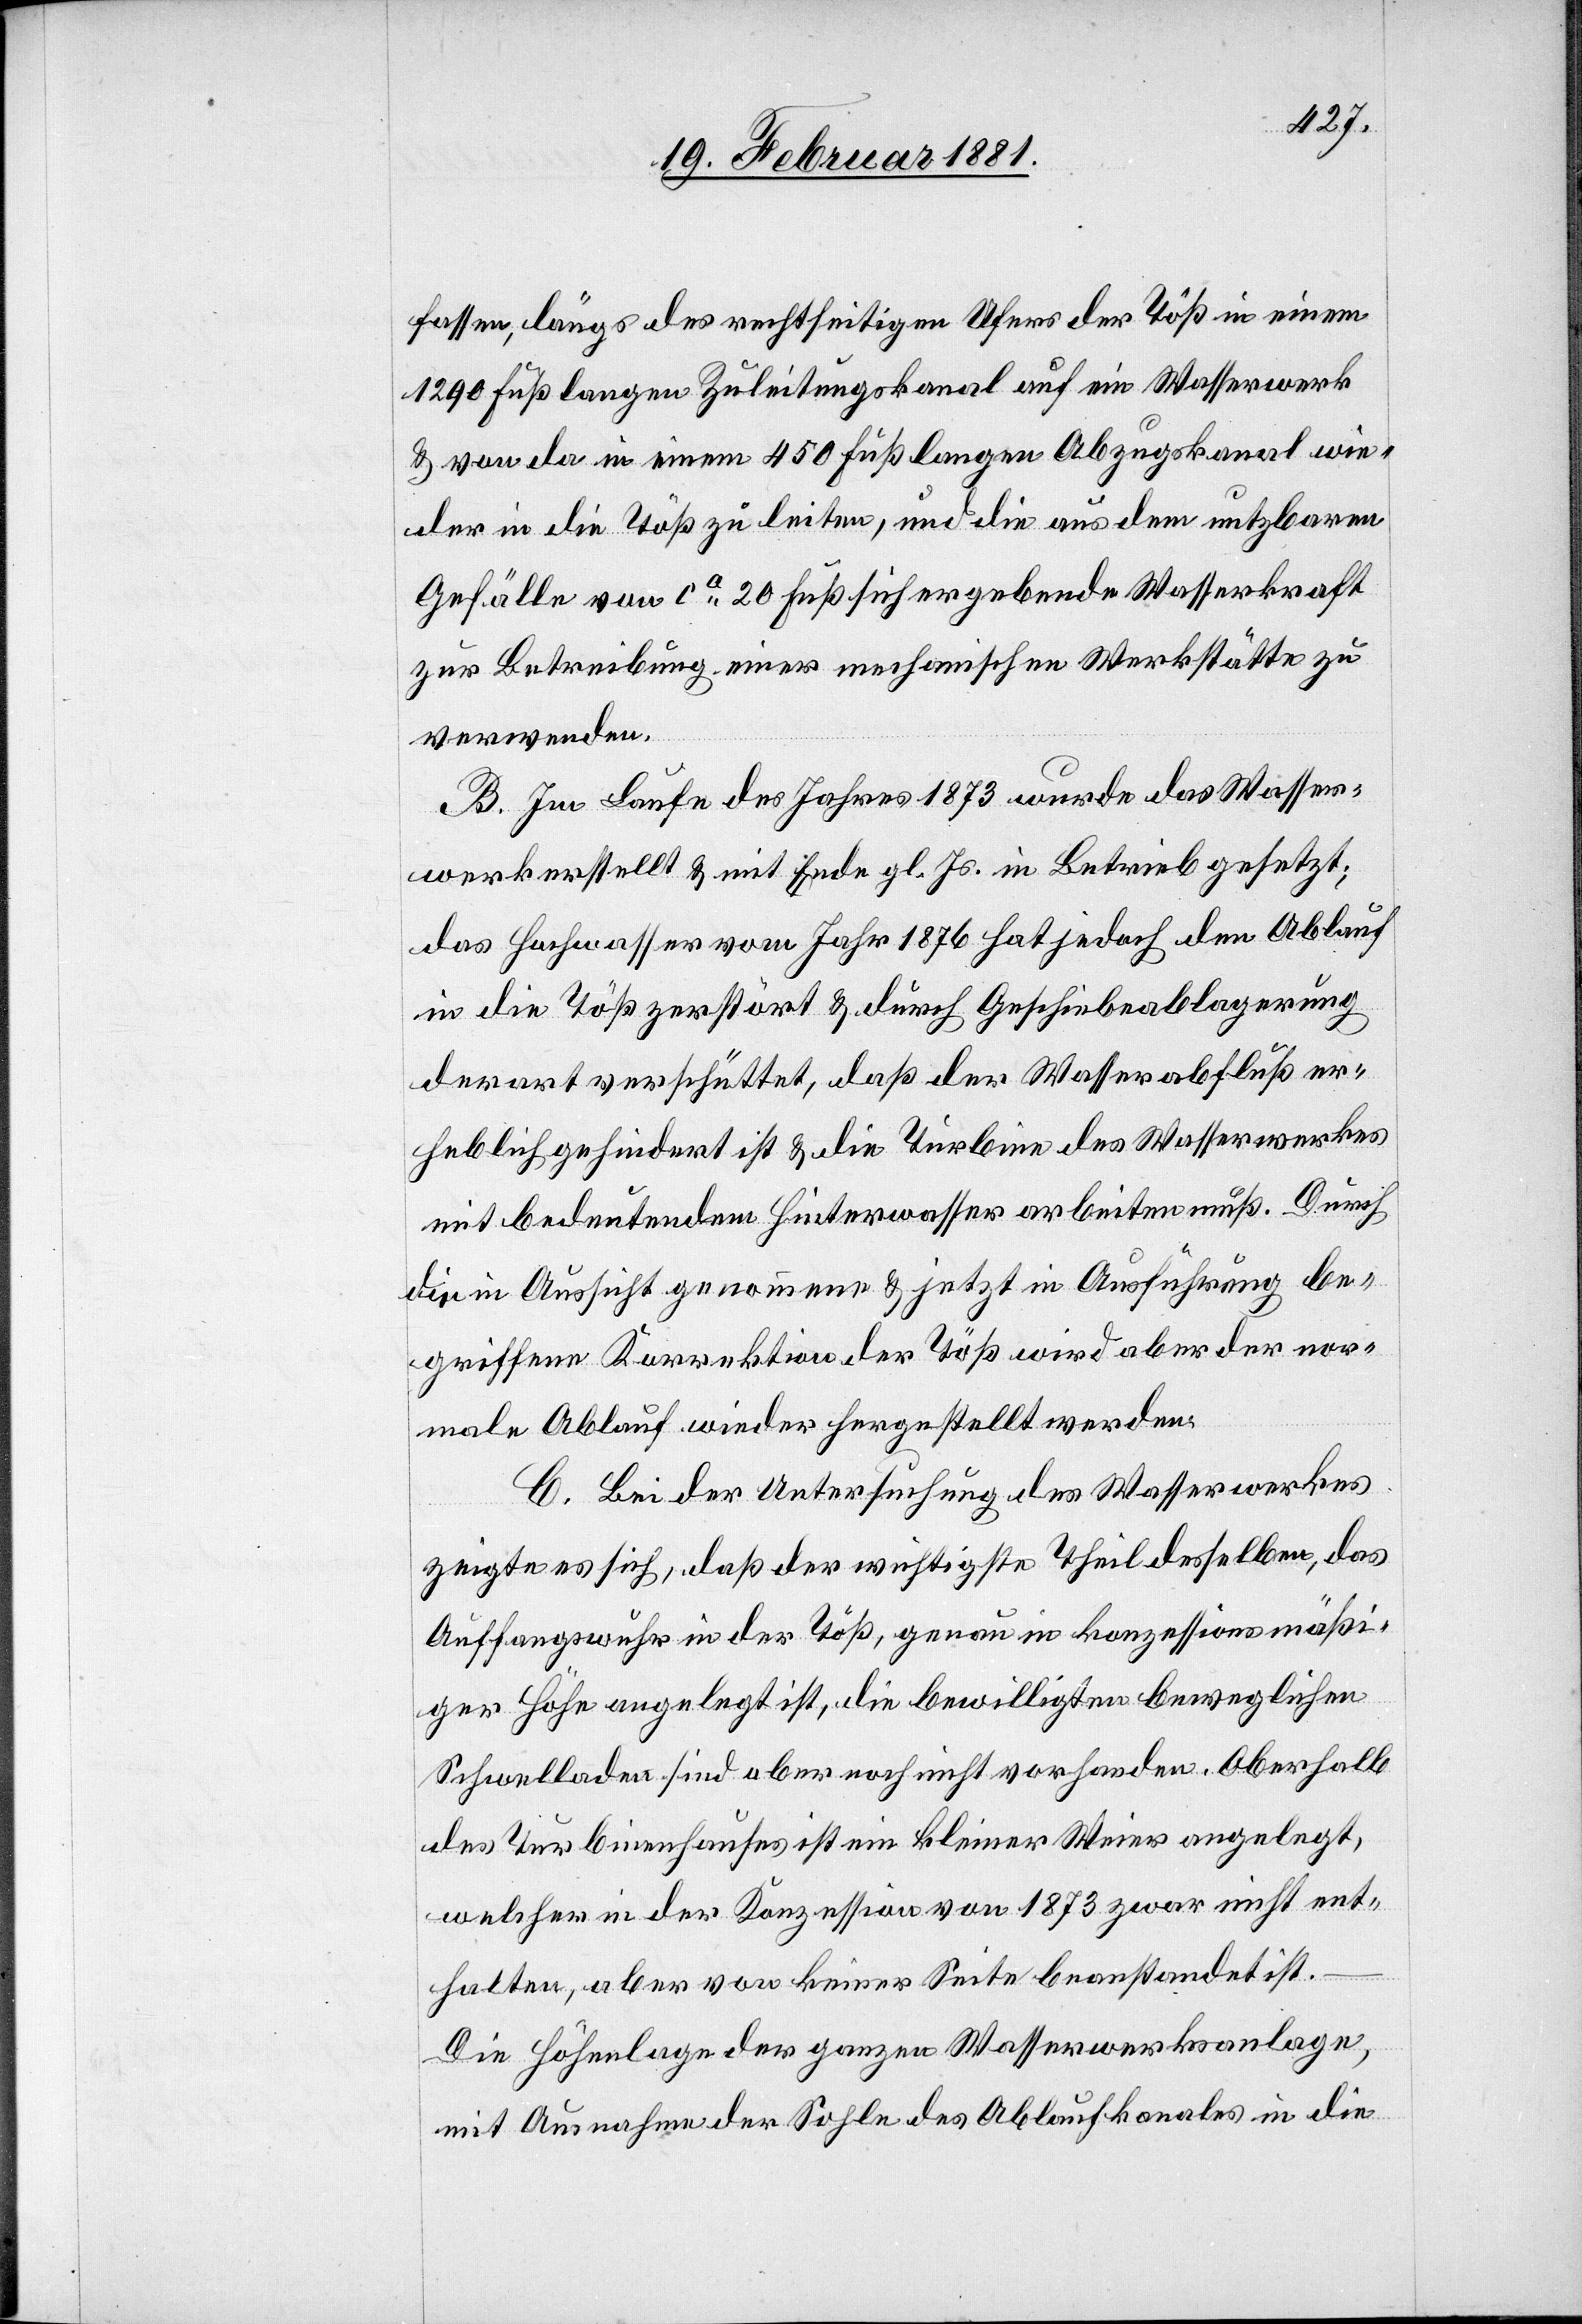
fassen, längs des rechtseitigen Ufers der Töß in einem
1290 Fuß langen Zuleitungskanal auf ein Wasserwerk
& von da in einem 450 Fuß langen Abzugskanal wie¬
der in die Töß zu leiten, und die aus dem nutzbaren
Gefälle von ca 20 Fuß sich ergebende Wasserkraft
zur Betreibung einer mechanischen Werkstätte zu
verwenden.
B. Im Laufe des Jahres 1873 wurde das Wasser¬
werk erstellt & mit Ende gl. Js. in Betrieb gesetzt;
das Hochwasser vom Jahr 1876 hat jedoch den Ablauf
in die Töß zerstört & durch Geschiebeablagerung
derart verschüttet, daß der Wasserabfluß er¬
heblich gehindert ist & die Turbine des Wasserwerkes
mit bedeutendem Hinterwasser arbeiten muß. Durch
die in Aussicht genommene & jetzt in Ausführung be¬
griffene Korrektion der Töß wird aber der nor¬
male Ablauf wieder hergestellt werden.
C. Bei der Untersuchung des Wasserwerkes
zeigte es sich, daß der wichtigste Theil desselben, das
Auffangswuhr in der Töß, genau in konzessionsmäßi¬
ger Höhe angelegt ist, die bewilligten beweglichen
Schwelladen sind aber noch nicht vorhanden. Oberhalb
des Turbinenhauses ist ein kleiner Weier angelegt,
welcher in der Konzession von 1873 zwar nicht ent¬
halten, aber von keiner Seite beanstandet ist.
Die Höhenlage der ganzen Wasserwerksanlage,
mit Ausnahme der Sohle des Ablaufkanals in die